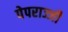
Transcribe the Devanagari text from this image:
पेपराज्जी